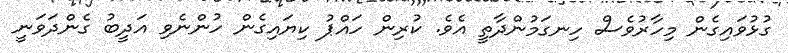
ގުޅުވައިގެން މިހާރުވެސް ހިނގަމުންދާތީ އެވެ. ކުރިން ހައްޕު ކިޔައިގެން ހުންނެވި އަދީބު ގެންދަވަނީ